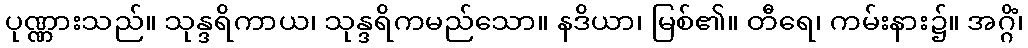
ပုဏ္ဏားသည်။ သုန္ဒရိကာယ၊ သုန္ဒရိကမည်သော။ နဒိယာ၊ မြစ်၏။ တီရေ၊ ကမ်းနား၌။ အဂ္ဂိံ၊